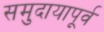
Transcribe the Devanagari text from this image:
समुदायापूर्व